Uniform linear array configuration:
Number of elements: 16
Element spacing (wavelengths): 0.5
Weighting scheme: cosine
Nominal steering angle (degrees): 60
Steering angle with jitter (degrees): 59.147
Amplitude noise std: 0.05
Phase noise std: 0.05

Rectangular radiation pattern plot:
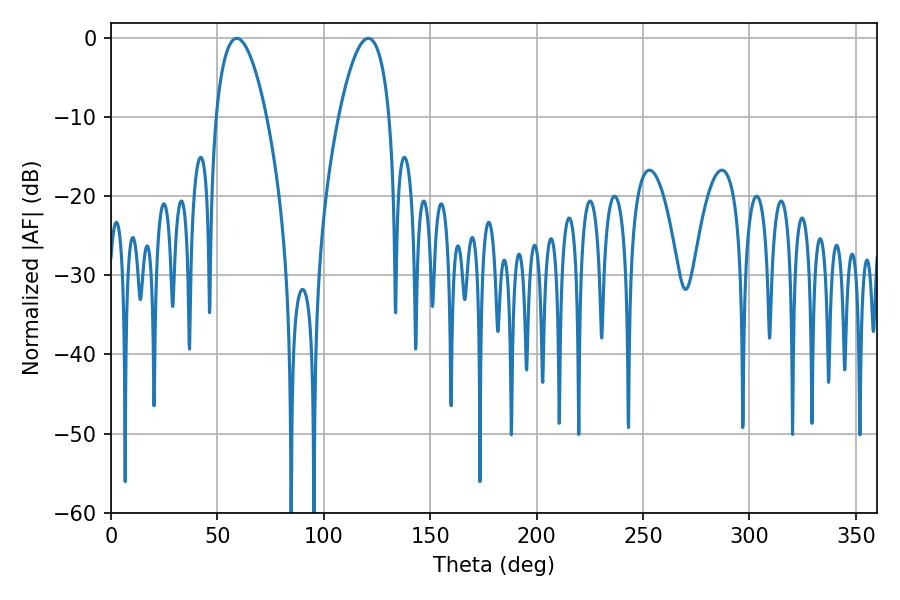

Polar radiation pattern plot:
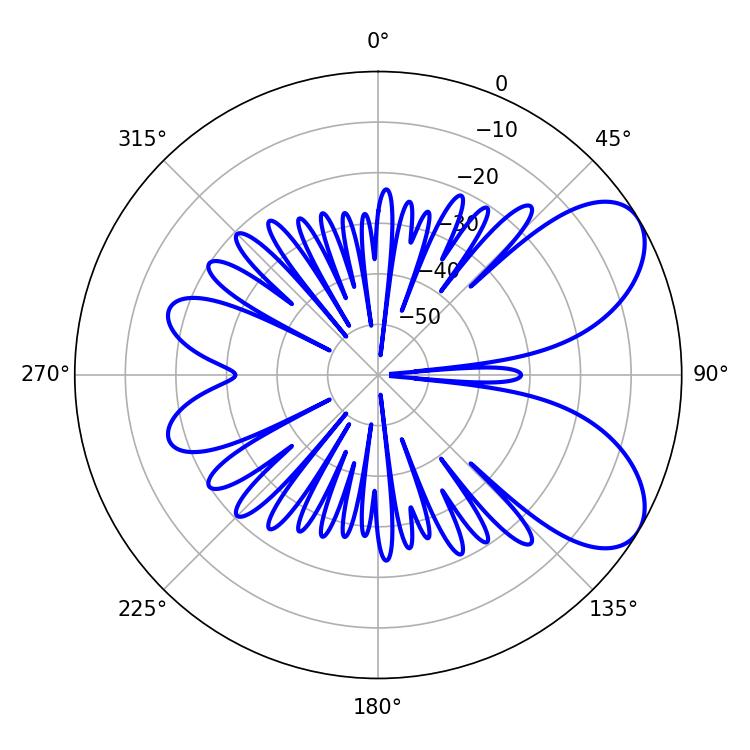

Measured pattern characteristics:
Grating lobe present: FALSE
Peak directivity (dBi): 6.813
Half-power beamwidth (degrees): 13.32
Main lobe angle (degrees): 59.04